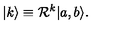
| k \rangle \equiv { \cal R } ^ { k } | a , b \rangle .